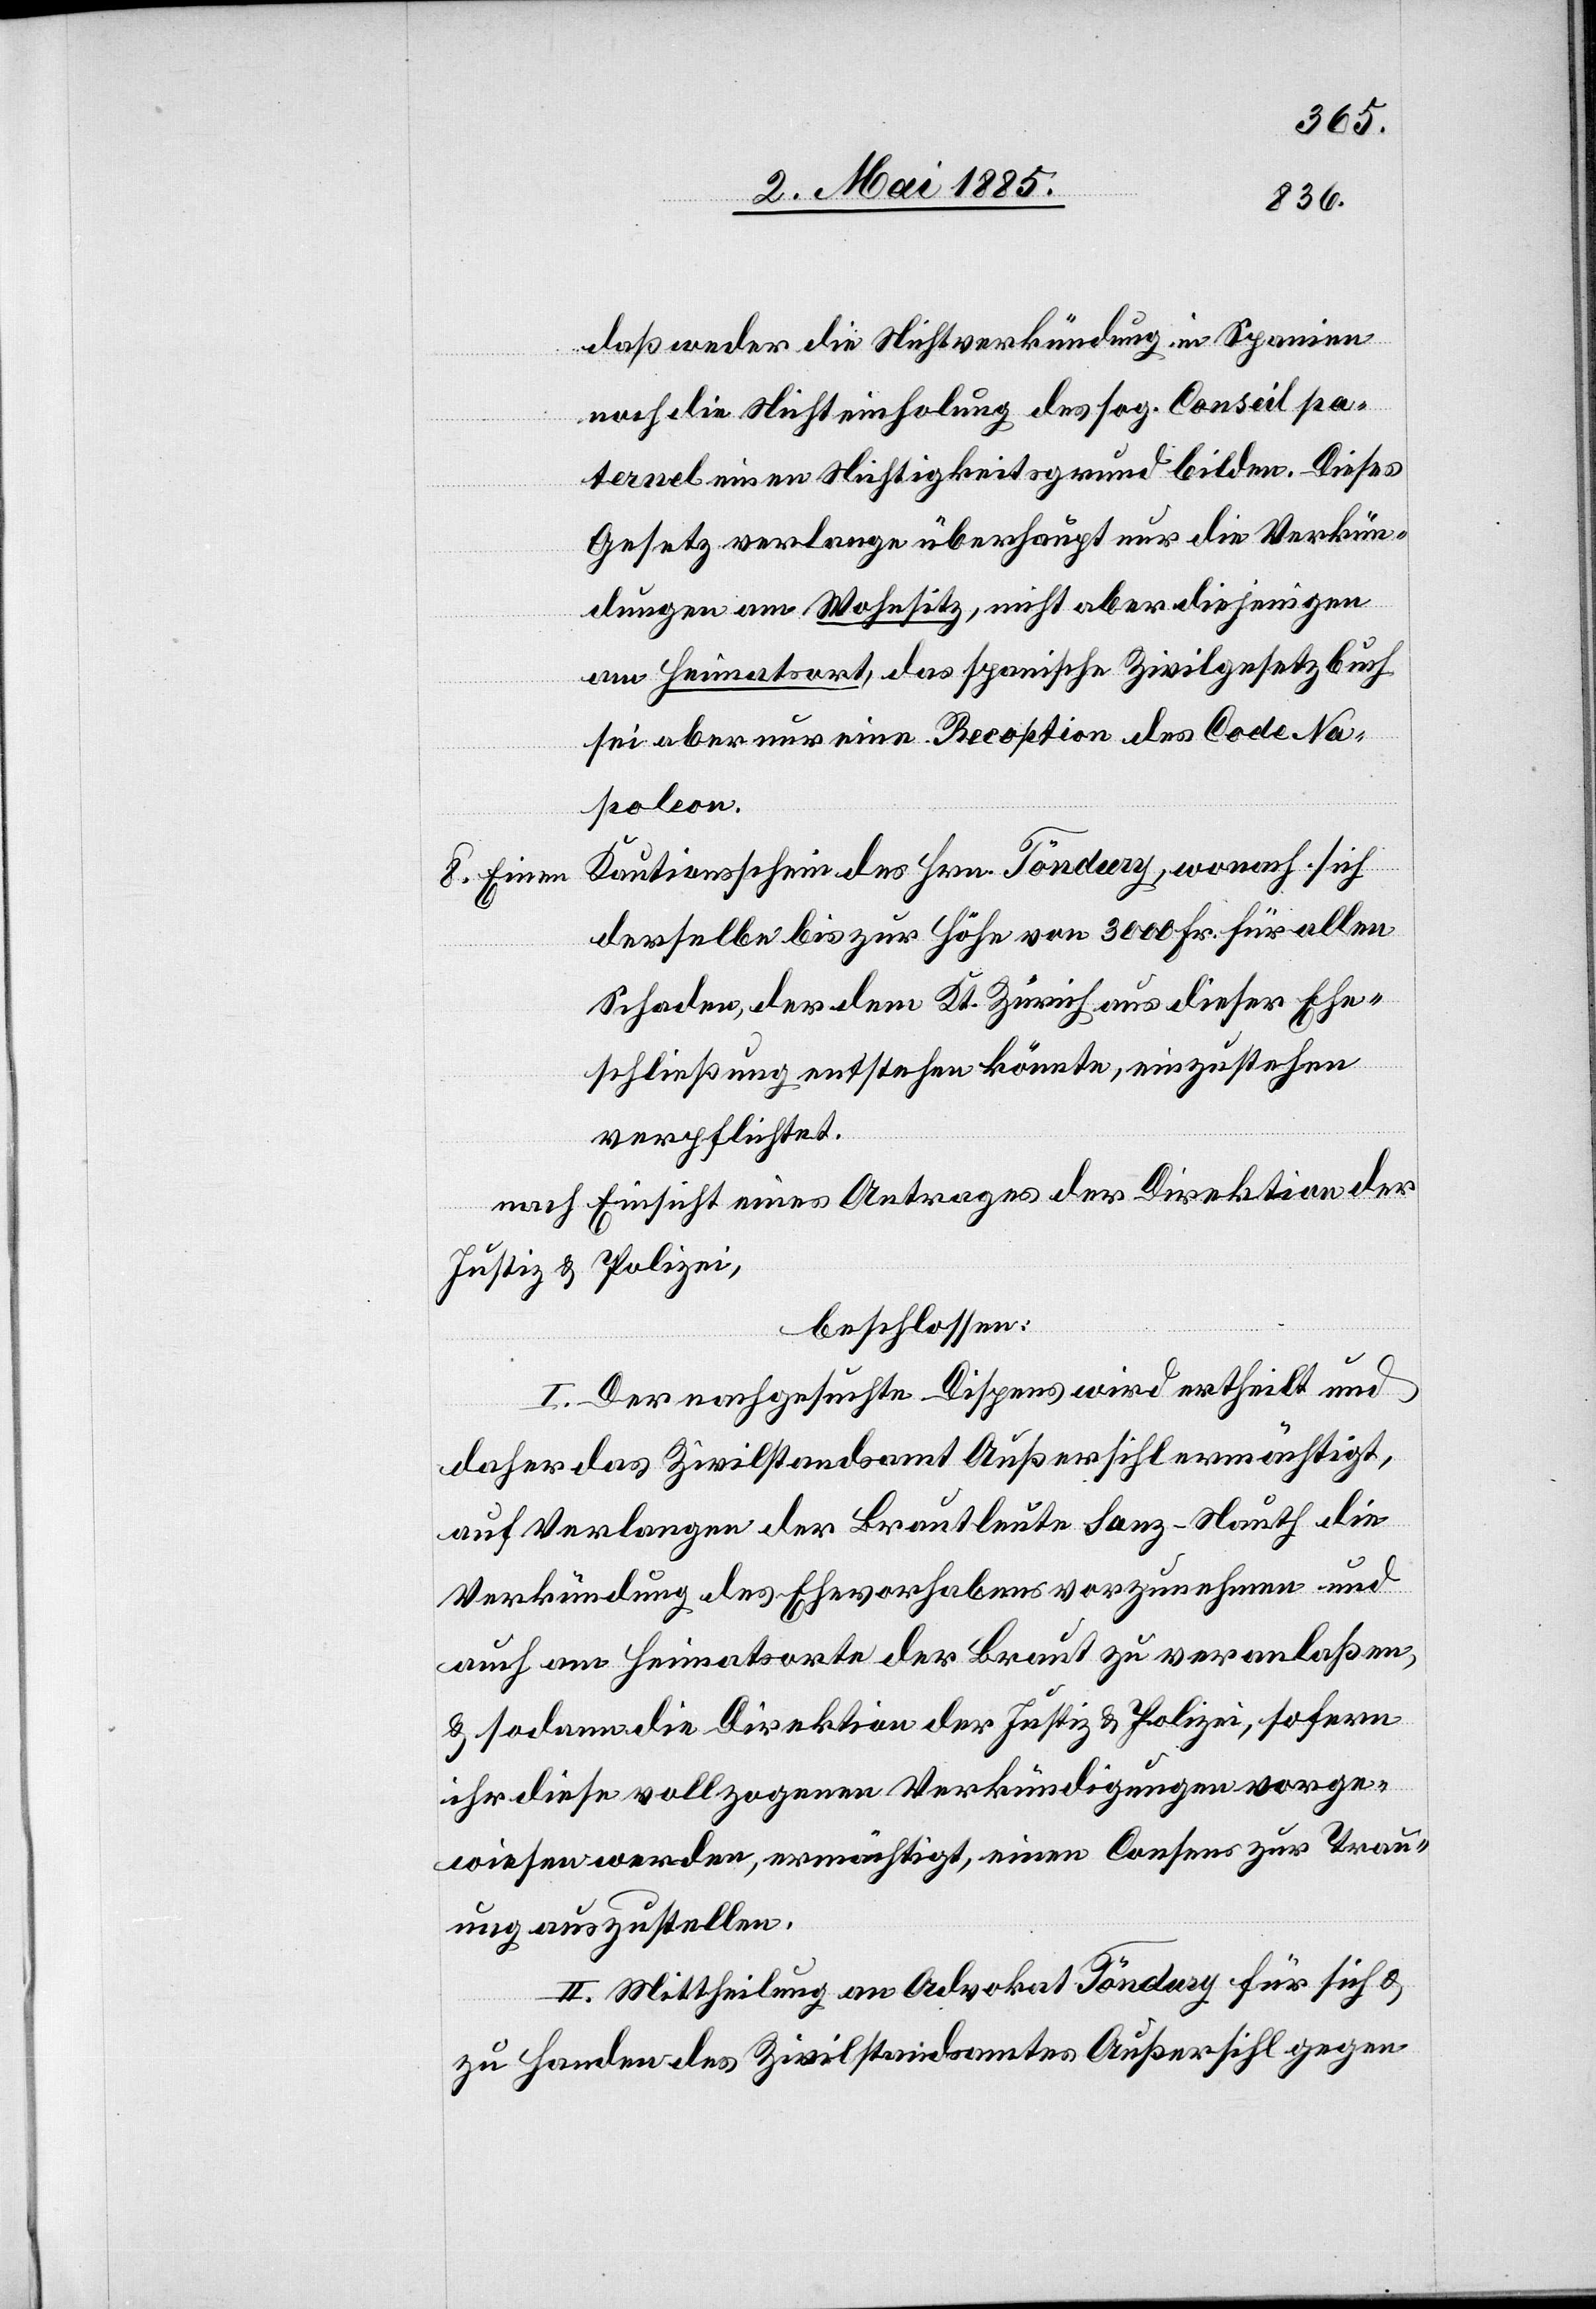
daß weder die Nichtverkündung in Spanien
noch die Nichteinholung des sog. Conseil pa¬
ternel einen Nichtigkeitsgrund bilden. Dieses
Gesetz verlange überhaupt nur die Verkün¬
dungen am Wohnsitz, nicht aber diejenigen
am Heimatsort, das spanische Zivilgesetzbuch
sei aber nur eine Reception des Code Na¬
poleon.
Kautionsschein des Hrn. Töndury, worauf sich
derselbe bis zur Höhe von 3000 Fr. für allen
Schaden, der dem Kt. Zürich aus dieser Ehe¬
schließung entstehen könnte, einzustehen
verpflichtet.
nach Einsicht eines Antrages der Direktion der
Justiz & Polizei,
beschlossen:
I. Der nachgesuchte Dispens wird ertheilt und
daher das Zivilstandsamt Außersihl ermächtigt,
auf Verlangen der Brautleute Sanz-Nauth die
Verkündung des Ehevorhabens vorzunehmen und
auch am Heimatsorte der Braut zu veranlaßen,
& sodann die Direktion der Justiz & Polizei, sofern
ihr diese vollzogenen Verkündigungen vorge¬
wiesen werden, ermächtigt, einen Consens zur Trau¬
ung auszustellen.
II. Mittheilung an Advokat Töndury für sich &
zu Handen des Zivilstandsamtes Außersihl gegen